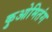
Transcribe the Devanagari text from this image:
कुओमितंग